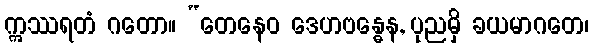
ဣဿရတံ ဂတော။ “တေနေဝ ဒေဟဗန္ဓေန, ပုညမှိ ခယမာဂတေ၊